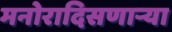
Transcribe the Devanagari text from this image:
मनोरादिसणार्‍या